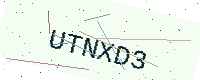
Text: UTNXD3